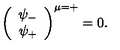
\left( \begin{array} { c } { \psi _ { - } } \\ { \psi _ { + } } \\ \end{array} \right) ^ { \mu = + } = 0 .